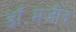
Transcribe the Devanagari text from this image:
डॉ॰मजीद